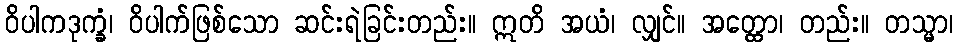
ဝိပါကဒုက္ခံ၊ ဝိပါက်ဖြစ်သော ဆင်းရဲခြင်းတည်း။ ဣတိ အယံ၊ လျှင်။ အတ္ထော၊ တည်း။ တသ္မာ၊